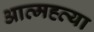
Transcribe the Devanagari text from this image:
आत्‍मह्त्‍या